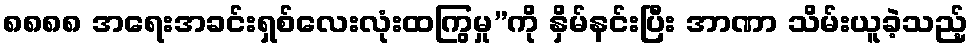
၈၈၈၈ အရေးအခင်းရှစ်လေးလုံးထကြွမှု”ကို နှိမ်နင်းပြီး အာဏာ သိမ်းယူခဲ့သည့်